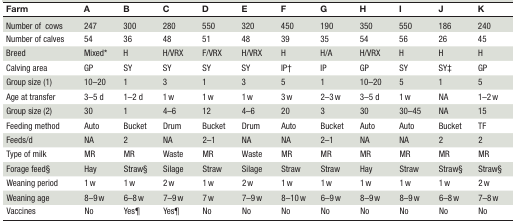
| Farm | A | B | C | D | E | F | G | H | I | J | K |
 | --- | --- | --- | --- | --- | --- | --- | --- | --- | --- | --- | --- |
 | Number ofcows | 247 | 300 | 280 | 550 | 320 | 450 | 190 | 350 | 550 | 186 | 240 |
 | Number of calves | 54 | 36 | 48 | 51 | 48 | 39 | 35 | 54 | 56 | 26 | 45 |
 | Breed | Mixed* | H | H/VRX | F/VRX | H/VRX | H | H/A | H/VRX | H | H | H |
 | Calving area | GP | SY | SY | SY | SY | IP† | IP | GP | SY | SY‡ | GP |
 | Group size (1) | 10–20 | 1 | 3 | 1 | 3 | 5 | 1 | 10–20 | 5 | 1 | 5 |
 | Age at transfer | 3–5 d | 1–2 d | 1 w | 1 w | 1 w | 3 w | 2–3 w | 3–5 d | 1 w | NA | 1–2 w |
 | Group size (2) | 30 | 1 | 4–6 | 12 | 4–6 | 20 | 3 | 30 | 30–45 | NA | 15 |
 | Feeding method | Auto | Bucket | Drum | Bucket | Drum | Auto | Bucket | Auto | Auto | Bucket | TF |
 | Feeds/d | NA | 2 | NA | 2–1 | NA | NA | 2–1 | NA | NA | 2 | 2 |
 | Type of milk | MR | MR | Waste | MR | Waste | MR | MR | MR | MR | MR | MR |
 | Forage feed§ | Hay | Straw§ | Silage | Straw | Silage | Straw | Straw | Hay | Straw | Straw§ | Straw§ |
 | Weaning period | 1 w | 1 w | 2 w | 1 w | 2 w | 1 w | 1 w | 1 w | 1 w | 1 w | 2 w |
 | Weaning age | 8–9 w | 6–8 w | 7–9 w | 7 w | 7–9 w | 8–10 w | 6–9 w | 8–9 w | 8–9 w | 6–8 w | 7–8 w |
 | Vaccines | No | Yes¶ | Yes¶ | No | No | No | No | No | No | No | No |